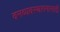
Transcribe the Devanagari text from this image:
वनव्यवस्थापनासाठी